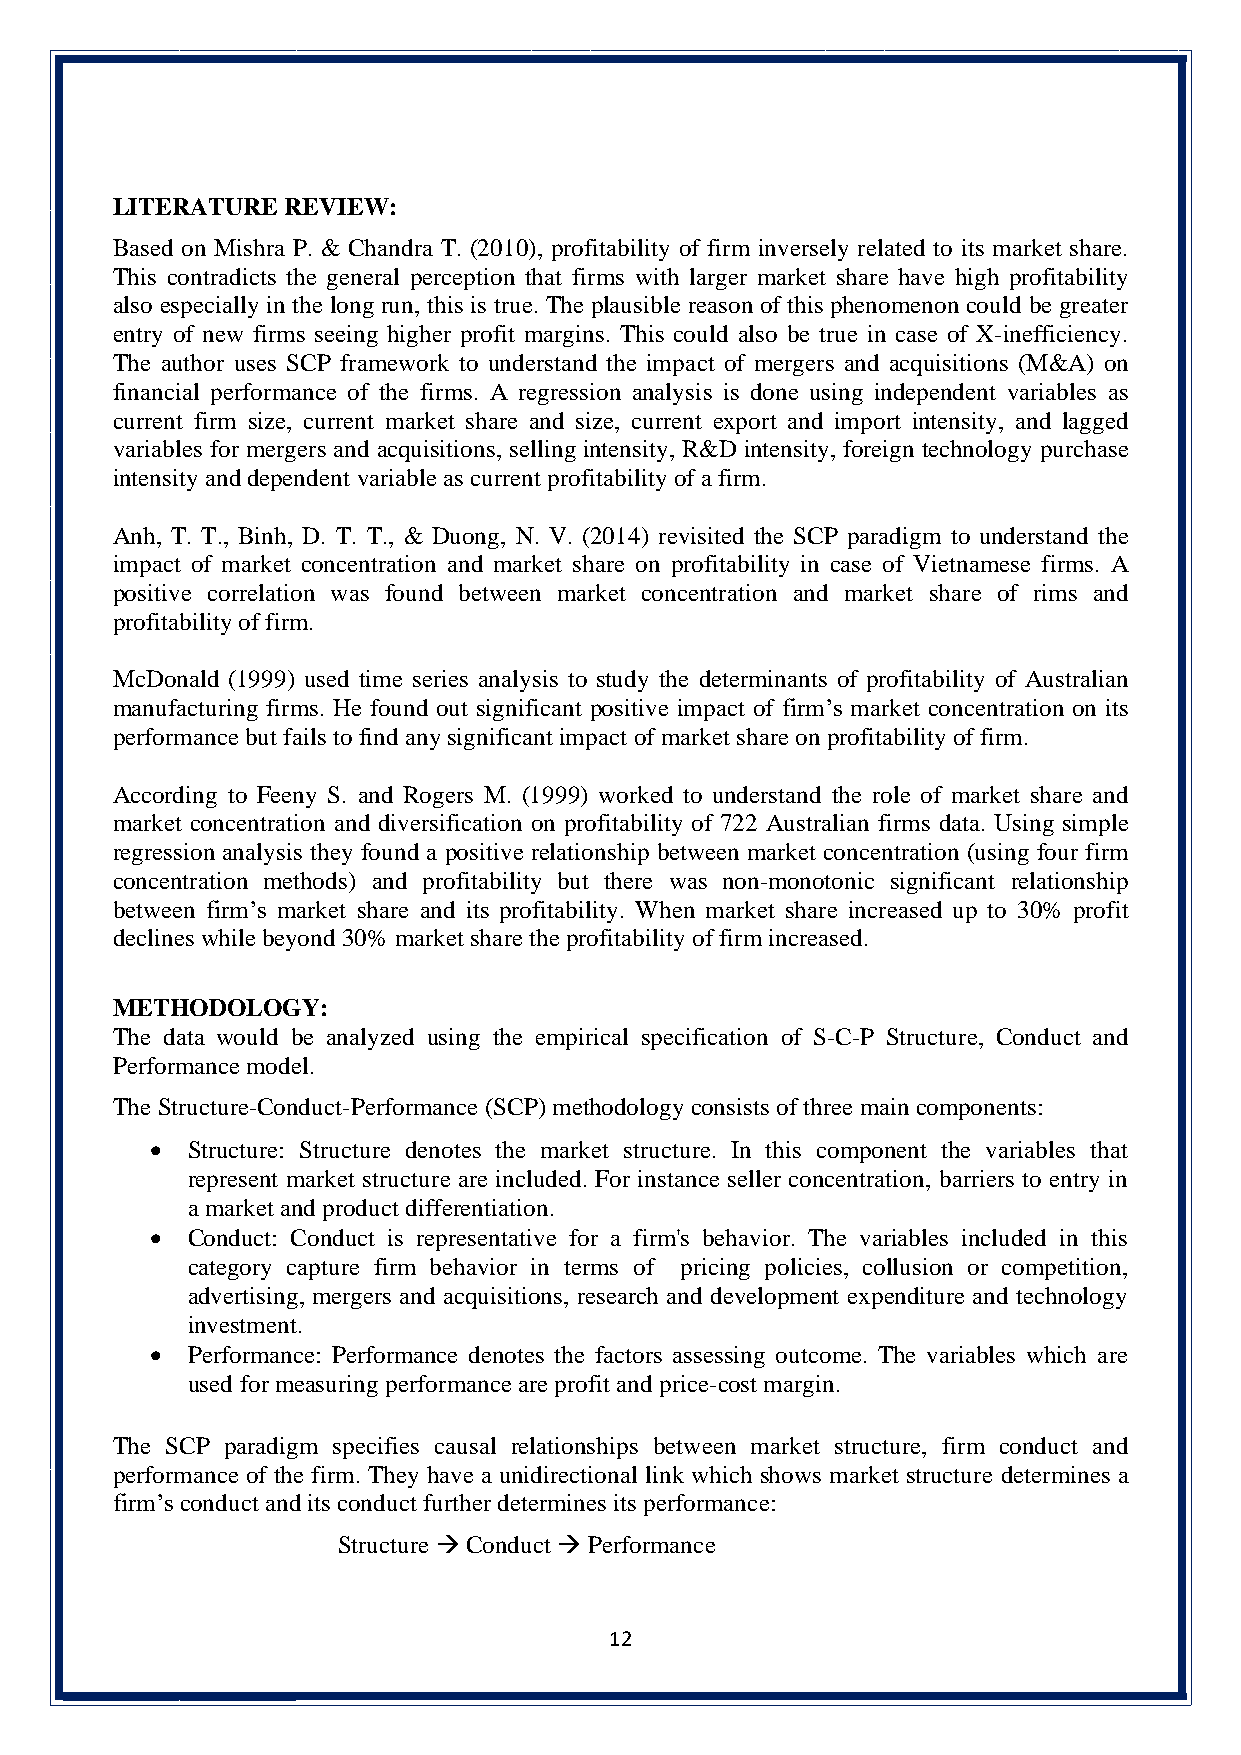
LITERATURE  REVIEW:
 Based on Mishra P. & Chandra T. (2010), profitability of firm inversely related to its market share.
 This contradicts the general perception that firms with larger market share have high profitability
 also especially in the long run, this is true. The plausible reason of this phenomenon could be greater
 entry of new firms seeing higher profit margins. This could also be true in case of X-inefficiency.
 The author uses SCP framework to understand the impact of mergers and acquisitions (M&A) on
 financial performance of the firms. A regression analysis is done using independent variables as
 current firm size, current market share and size, current export and import intensity, and lagged
 variables for mergers and acquisitions, selling intensity, R&D intensity, foreign technology purchase
 intensity and dependent variable as current profitability of a firm.
 Anh, T. T., Binh, D. T. T., & Duong, N. V. (2014) revisited the SCP paradigm to understand the
 impact of market concentration and market share on profitability in case of Vietnamese firms. A
 positive correlation was found between market concentration and market share of rims and
 profitability of firm.
 McDonald (1999) used time series analysis to study the determinants of profitability of Australian
 manufacturing firms. He found out significant positive impact of firm’s market concentration on its
 performance but fails to find any significant impact of market share on profitability of firm.
 According to Feeny S. and Rogers M. (1999) worked to understand the role of market share and
 market concentration and diversification on profitability of 722 Australian firms data. Using simple
 regression analysis they found a positive relationship between market concentration (using four firm
 concentration methods) and profitability but there was non-monotonic significant relationship
 between firm’s market share and its profitability. When market share increased up to 30% profit
 declines while beyond 30% market share the profitability of firm increased.
 METHODOLOGY:
 The data would be analyzed using the empirical specification of S-C-P Structure, Conduct and
 Performance model.
 The Structure-Conduct-Performance (SCP) methodology consists of three main components:
 • Structure: Structure denotes the market structure. In this component the variables that
 represent market structure are included. For instance seller concentration, barriers to entry in
 a market and product differentiation.
 • Conduct: Conduct is representative for a firm's behavior. The variables included in this
 category capture firm behavior in terms of pricing policies, collusion or competition,
 advertising, mergers and acquisitions, research and development expenditure and technology
 investment.
 • Performance: Performance denotes the factors assessing outcome. The variables which are
 used for measuring performance are profit and price-cost margin.
 The SCP paradigm specifies causal relationships between market structure, firm conduct and
 performance of the firm. They have a unidirectional link which shows market structure determines a
 firm’s conduct and its conduct further determines its performance:
 Structure → Conduct → Performance
 12